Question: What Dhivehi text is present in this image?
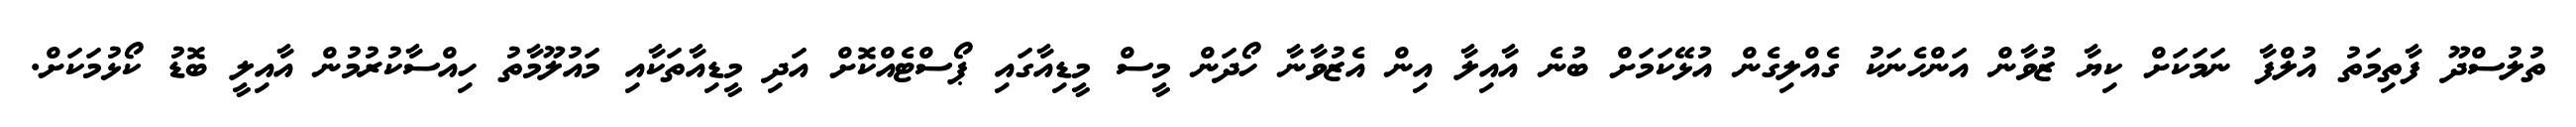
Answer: ތުލުސްދޫ ފާތިމަތު އުލްފާ ނަމަކަށް ކިޔާ ޒުވާން އަންހެނަކު ގެއްލިގެން އުޅޭކަމަށް ބުނެ އާއިލާ އިން އެޒުވާނާ ހޯދަން މީސް މީޑިއާގައި ޕޯސްޓެއްކޮށް އަދި މީޑިއާތަކާއި މައުލޫމާތު ހިއްސާކުރުމުން އާއިލީ ބޮޑު ކޯޅުމަކަށް.